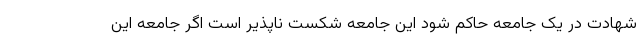
شهادت در یک جامعه حاکم شود این جامعه شکست ناپذیر است اگر جامعه این